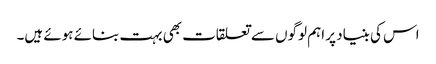
اس کی بنیاد پر اہم لوگوں سے تعلقات بھی بہت بنائے ہوئے ہیں۔